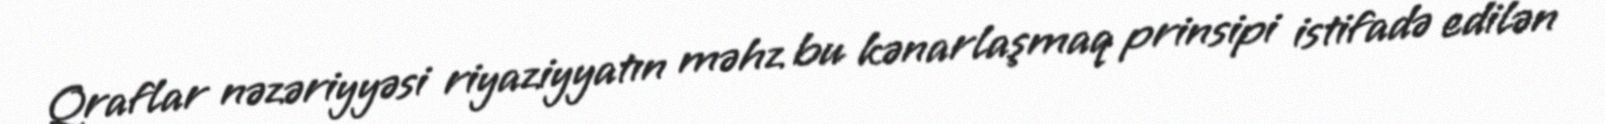
Qraflar nəzəriyyəsi riyaziyyatın məhz bu kənarlaşmaq prinsipi istifadə edilən